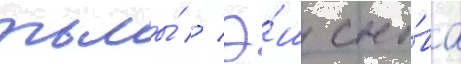
тьмы́ // Э́ш сно́ва